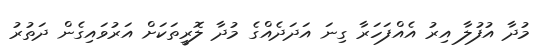
މުދާ އުުފުލާ އިރު އެއްފަހަރާ ގިނަ އަދަދެއްގެ މުދާ ލޮރީތަކަށް އަރުވައިގެން ދަތުރު